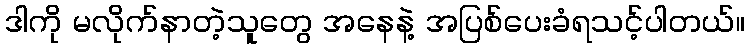
ဒါကို မလိုက်နာတဲ့သူတွေ အနေနဲ့ အပြစ်ပေးခံရသင့်ပါတယ်။